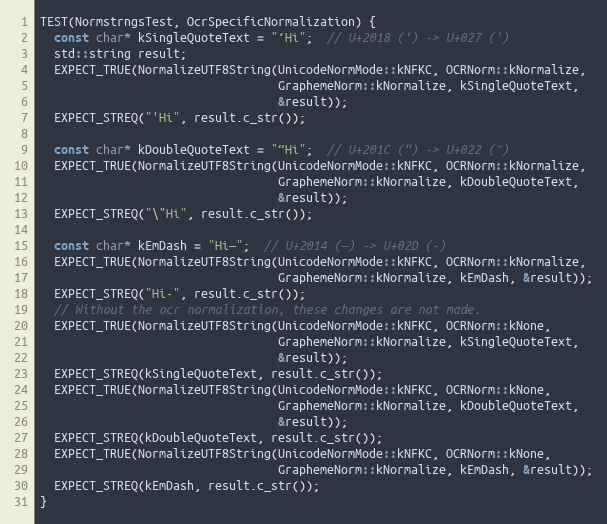
Language: C++
TEST(NormstrngsTest, OcrSpecificNormalization) {
  const char* kSingleQuoteText = "‘Hi";  // U+2018 (‘) -> U+027 (')
  std::string result;
  EXPECT_TRUE(NormalizeUTF8String(UnicodeNormMode::kNFKC, OCRNorm::kNormalize,
                                  GraphemeNorm::kNormalize, kSingleQuoteText,
                                  &result));
  EXPECT_STREQ("'Hi", result.c_str());

  const char* kDoubleQuoteText = "“Hi";  // U+201C (“) -> U+022 (")
  EXPECT_TRUE(NormalizeUTF8String(UnicodeNormMode::kNFKC, OCRNorm::kNormalize,
                                  GraphemeNorm::kNormalize, kDoubleQuoteText,
                                  &result));
  EXPECT_STREQ("\"Hi", result.c_str());

  const char* kEmDash = "Hi—";  // U+2014 (—) -> U+02D (-)
  EXPECT_TRUE(NormalizeUTF8String(UnicodeNormMode::kNFKC, OCRNorm::kNormalize,
                                  GraphemeNorm::kNormalize, kEmDash, &result));
  EXPECT_STREQ("Hi-", result.c_str());
  // Without the ocr normalization, these changes are not made.
  EXPECT_TRUE(NormalizeUTF8String(UnicodeNormMode::kNFKC, OCRNorm::kNone,
                                  GraphemeNorm::kNormalize, kSingleQuoteText,
                                  &result));
  EXPECT_STREQ(kSingleQuoteText, result.c_str());
  EXPECT_TRUE(NormalizeUTF8String(UnicodeNormMode::kNFKC, OCRNorm::kNone,
                                  GraphemeNorm::kNormalize, kDoubleQuoteText,
                                  &result));
  EXPECT_STREQ(kDoubleQuoteText, result.c_str());
  EXPECT_TRUE(NormalizeUTF8String(UnicodeNormMode::kNFKC, OCRNorm::kNone,
                                  GraphemeNorm::kNormalize, kEmDash, &result));
  EXPECT_STREQ(kEmDash, result.c_str());
}